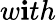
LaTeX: w\mathbf{i}th